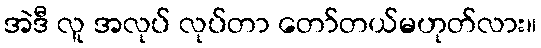
အဲဒီ လူ အလုပ် လုပ်တာ တော်တယ်မဟုတ်လား။